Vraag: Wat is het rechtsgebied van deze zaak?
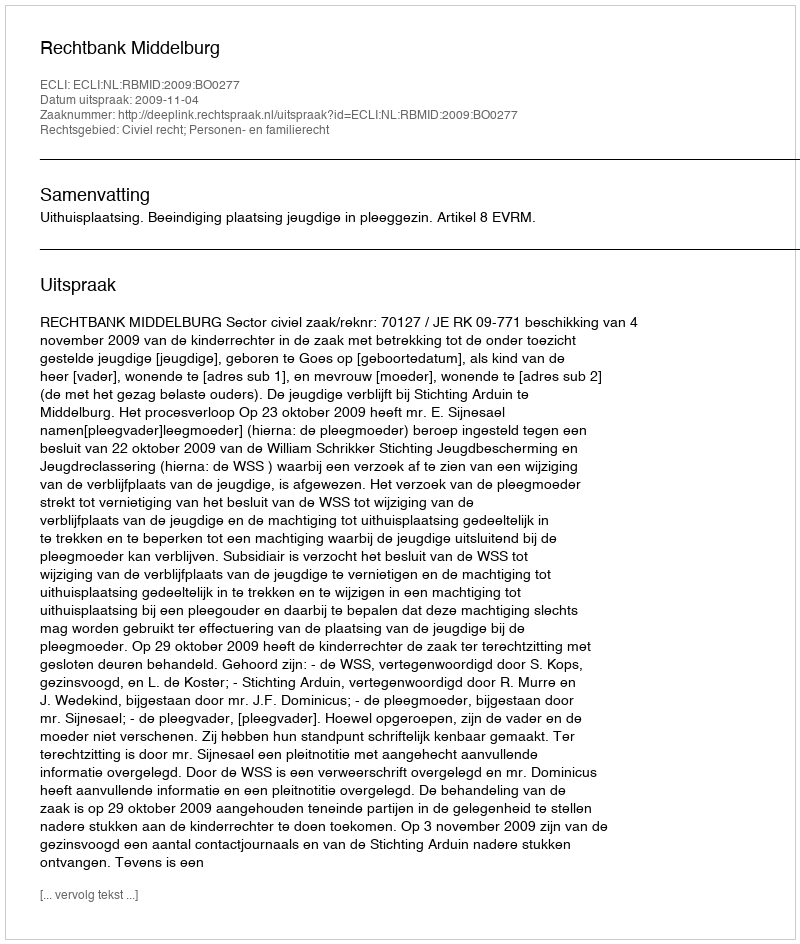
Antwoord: Civiel recht; Personen- en familierecht